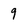
Character: 9